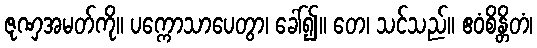
ဇုဏှအမတ်ကို။ ပက္ကောသာပေတွာ၊ ခေါ်၍။ တေ၊ သင်သည်။ ဧဝံစိန္တိတံ၊